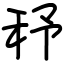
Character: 𥝱